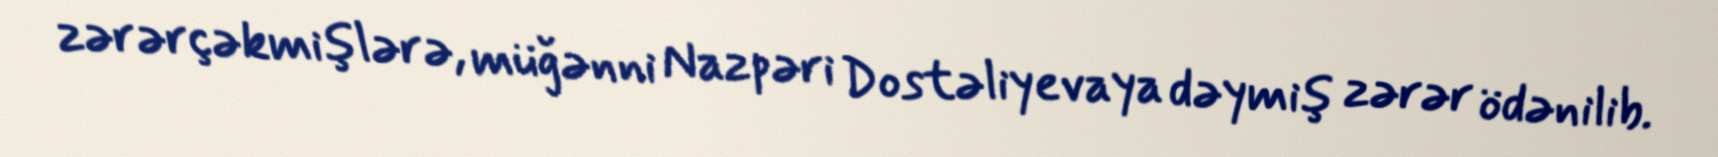
zərərçəkmişlərə, müğənni Nazpəri Dostəliyevaya dəymiş zərər ödənilib.